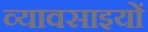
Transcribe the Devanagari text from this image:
व्यावसाइयों